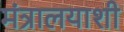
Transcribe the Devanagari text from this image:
मंत्रालयाशी